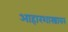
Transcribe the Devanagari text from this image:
आहारशास्त्रावर